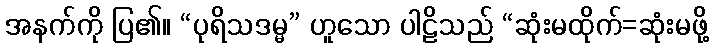
အနက်ကို ပြ၏။ “ပုရိသဒမ္မ” ဟူသော ပါဠိသည် “ဆုံးမထိုက်=ဆုံးမဖို့